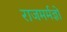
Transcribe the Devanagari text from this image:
राजमर्मज्ञों